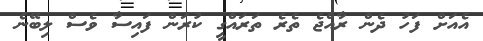
އެއަށް ފަހު ދެން ރާއްޖެ ތެރެ ތަރައްގީ ކުރަން ފައިސާ ވެސް ލިބޭނެ